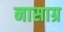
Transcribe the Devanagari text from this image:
नासाग्र